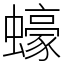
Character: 蠔